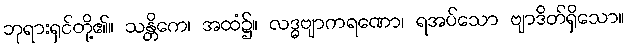
ဘုရားရှင်တို့၏။ သန္တိကေ၊ အထံ၌။ လဒ္ဓဗျာကရဏော၊ ရအပ်သော ဗျာဒိတ်ရှိသော။